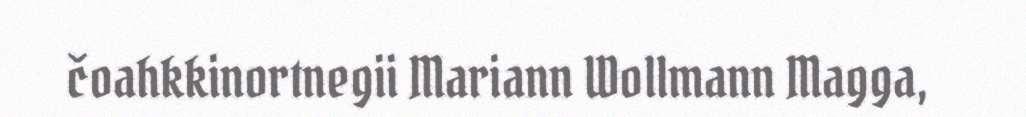
čoahkkinortnegii Mariann Wollmann Magga,